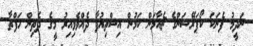
ނަދީމު ފެނަކަ ކޯޕަރޭޝަންގެ ޗެއާމަން ކަމުން އިސްތިއުފާ ދެއްވެވިއިރު މީގެ ދެތިން ހަފްތާ